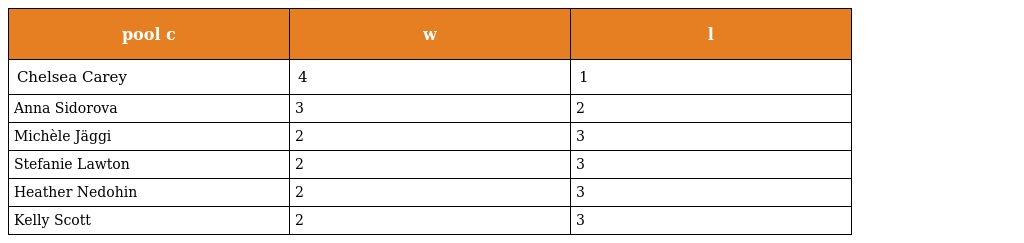
| pool c | w | l |
 | --- | --- | --- |
 | Chelsea Carey | 4 | 1 |
 | Anna Sidorova | 3 | 2 |
 | Michèle Jäggi | 2 | 3 |
 | Stefanie Lawton | 2 | 3 |
 | Heather Nedohin | 2 | 3 |
 | Kelly Scott | 2 | 3 |